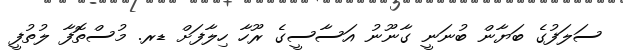
ސަލަފުގެ ބަޔާން ބުނަނީ ގާނޫނު އަސާސީގެ ރޫހާ ހިލާފަށް ޑރ. މުސްތޮފާ ލުތުފީ